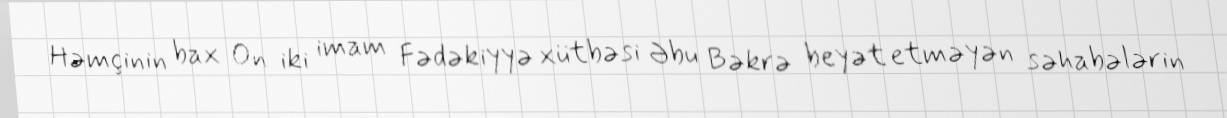
Həmçinin bax On iki imam Fədəkiyyə xütbəsi Əbu Bəkrə beyət etməyən səhabələrin